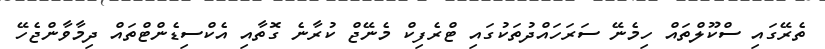
ތެރޭގައި ސްކޫލްތައް ހިމެނޭ ސަރަހައްދުތަކުގައި ޓްރެފިކް މެނޭޖް ކުރާނެ ގޮތާއި އެކްސިޑެންޓްތައް ދިމާވާންޖެހޭ